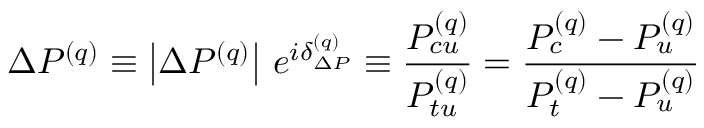
\Delta P ^ { ( q ) } \equiv \left| \Delta P ^ { ( q ) } \right| \, e ^ { i \delta _ { \Delta P } ^ { ( q ) } } \equiv \frac { P _ { c u } ^ { ( q ) } } { P _ { t u } ^ { ( q ) } } = \frac { P _ { c } ^ { ( q ) } - P _ { u } ^ { ( q ) } } { P _ { t } ^ { ( q ) } - P _ { u } ^ { ( q ) } }